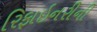
રિફાઇનરીની